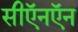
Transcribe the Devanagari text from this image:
सीऍनऍन